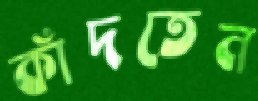
কাঁদতেন